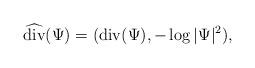
LaTeX: \begin{align*} \widehat{\mathrm{div}}( \Psi ) = ( \mathrm{div}( \Psi ) , - \log | \Psi |^2 ), \end{align*}